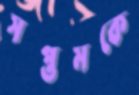
সপ্তমকে